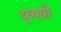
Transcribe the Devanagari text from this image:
द्व्यग्री